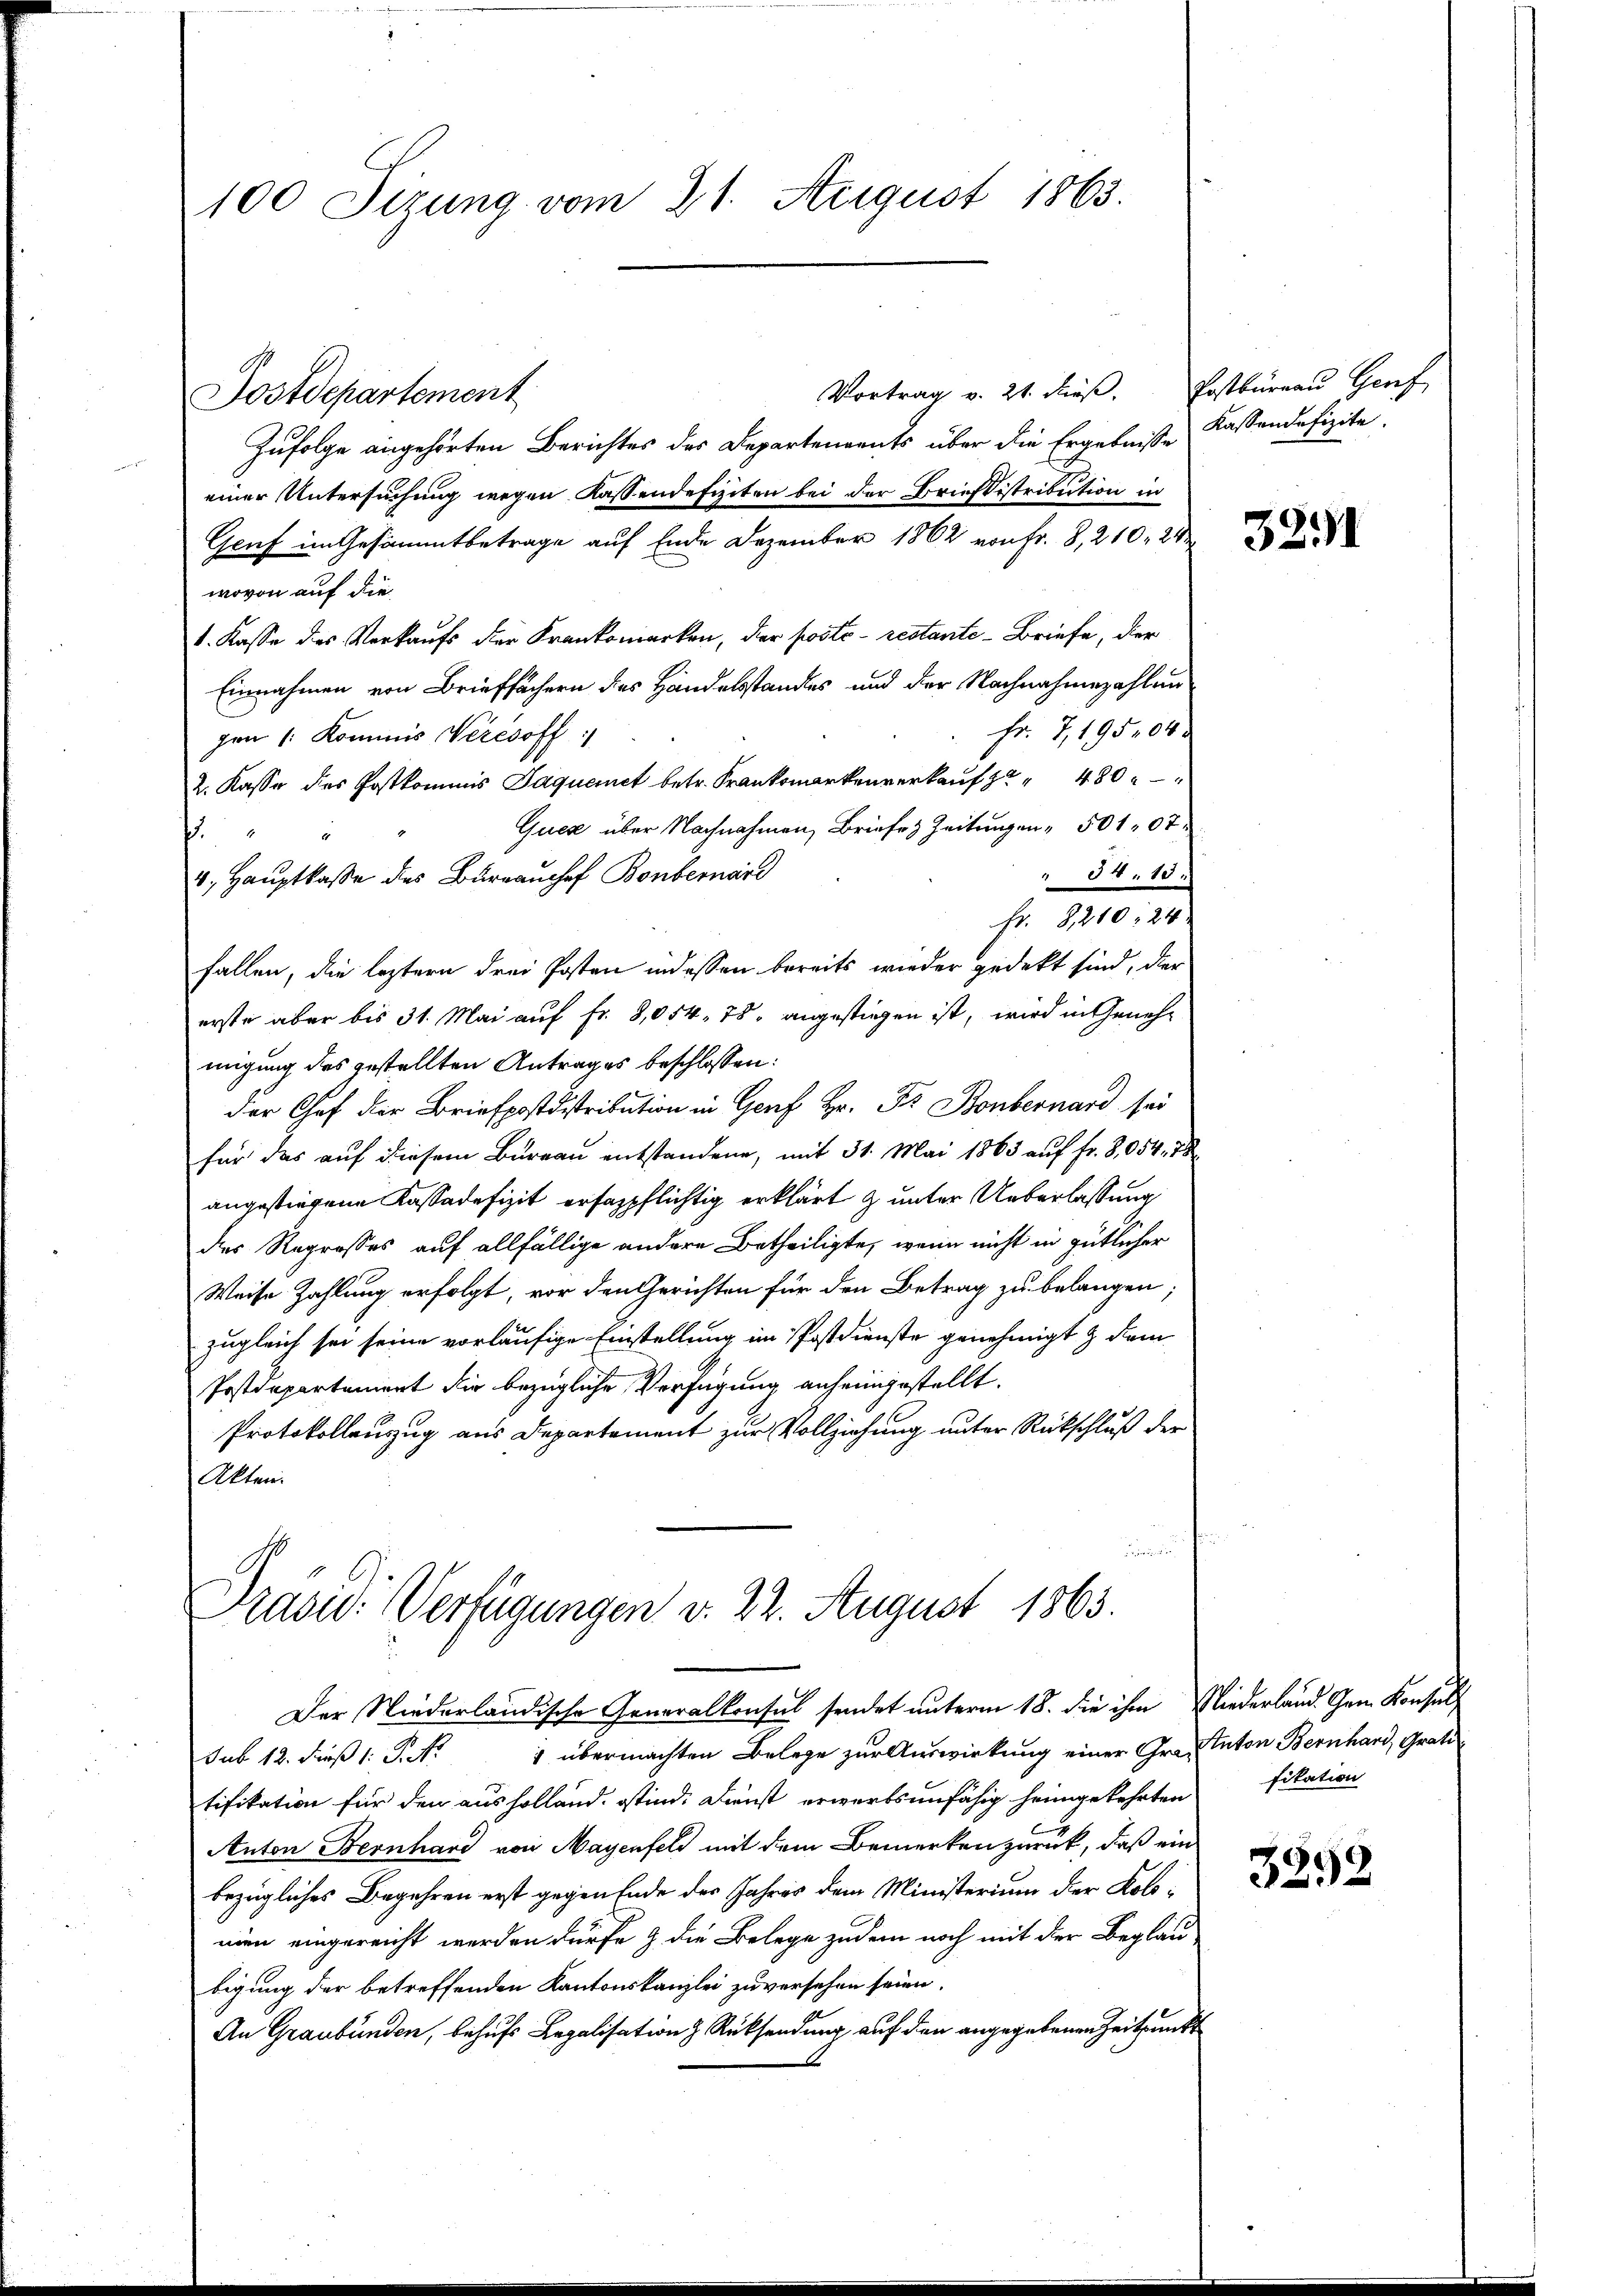
Vortrag v. 21. dieß. Postbüreau Genf
Postdepartement
Zufolge angehörten Berichtes des Departenvents über die Ergebnisse Kassendefizite.
einer Untersuchung wegen Kassendefiziten bei der Brieflistribution in
Genf im Gesammtbetrage auf Ende Dezember 1862 von Fr. 8, 210. 23
wovon auf die
1. Kasse des Verkaufs der Krankomarken, der posto- restante-Briefe, der
Einnahmen von Brieffächern des Handelsstandes und der Nachnahmezahlun
Fr. 7, 19504
gen 1. Kommis Veresoff
2. Kasse des Postkommis Jaquemet betr. Frankomarkenverkauf zu 40 x
Quez über Nachnahmen, Briefes Zeitungen 50 107
 54. 15.
v. Hauptkasse des Burrauchef Bonbernard
Fr. 8210, 24.
fallen, die leztern drei Posten indessen bereits wieder gedekt sind, der
erste aber bis 31. Mai auf fr. 8,054. 78 angestiegen ist, wird in Genehmigung des gestellten Antrages beschlossen:
der Chef der Briefpostdistribution in Genf Hr. Fr. Bonbernard sei
für das auf diesem Bureau entstandene, mit 31. Mai 1863 auf fr. 8054. 78
angestiegene Kassadefizit erfaspflichtig erklärt & unter Ueberlassung
des Regrosses auf allfällige andere Betheiligte, wenn nicht in gütlicher
Weise Zahlung erfolgt, vor den Gerichten für den Betrag zu belangen;
zugleich sei seine vorläufige Einstellung im Postdienste genehmigt & dem
Postdepartament dir bezügliche Verfügung anheimgestellt.
Protokollenzug aus Departement zur Vollziehung unter Rückschluß der
Akten.
e

100 Sizung vom 21. August 1863.

.

Präsid.: Verfügungen v. 22. August 1863.

sub 12. dieß 1: P. Nr. 1 übermachten Belege zur Auswirkung einer Graf Anton Bernhard, Grati
tifikation für den ausholland. stind. Dienst erwerbsunfähig heimgekehrten fikation
Anton Bernhard von Mayenfeld mit dem Bemerken zurück, daß ein
bezügliches Begehren erst gegen Ende des Jahres dem Ministerium der Kolomien eingereicht werden dürfe & die Belege zudem noch mit der Beglaubigung der betreffenden Kantonskanzlei zu versehen seien.
An Graubünden, behufs Legalisation & Rücksendung auf den angegebenen Zeitpunkt

Der Niederländische Generalkonsul sendet unterm 18. die ihm Niederland. Gem. Konsuls

321

3292